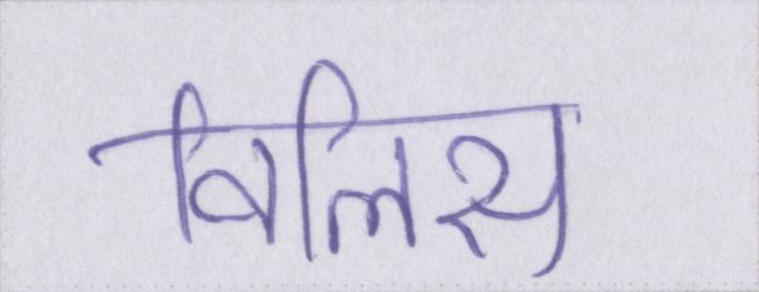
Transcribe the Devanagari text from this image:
विलिस